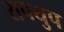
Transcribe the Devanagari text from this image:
रापयुप